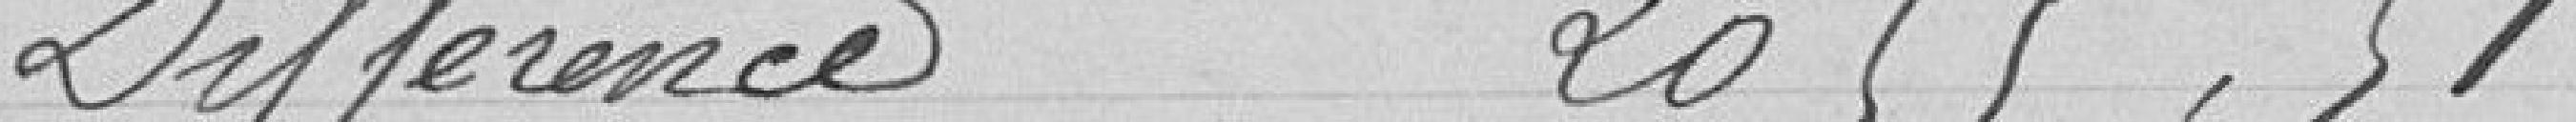
Différence 2 055,51